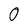
Character: 0